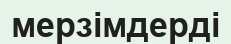
мерзімдерді